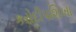
કરોદીપશિખા